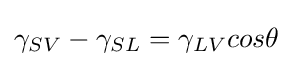
\gamma _{SV}-\gamma _{SL}=\gamma _{LV}cos\theta